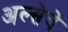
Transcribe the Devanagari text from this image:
अल्सेचे